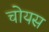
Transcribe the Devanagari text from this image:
चोयस